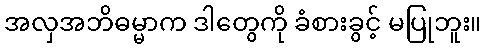
အလှအဘိဓမ္မာက ဒါတွေကို ခံစားခွင့် မပြုဘူး။